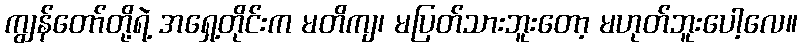
ကျွန်တော်တို့ရဲ့ အရှေ့တိုင်းက မတိကျ၊ မပြတ်သားဘူးတော့ မဟုတ်ဘူးပေါ့လေ။